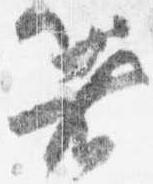
箸